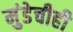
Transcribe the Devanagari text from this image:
मुंडेचीही